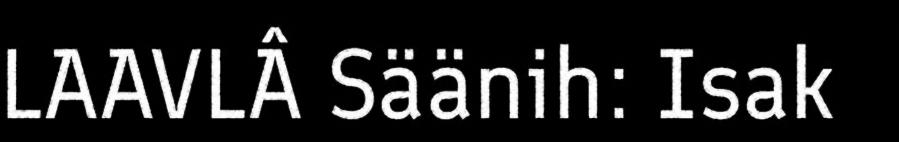
LAAVLÂ Säänih: Isak